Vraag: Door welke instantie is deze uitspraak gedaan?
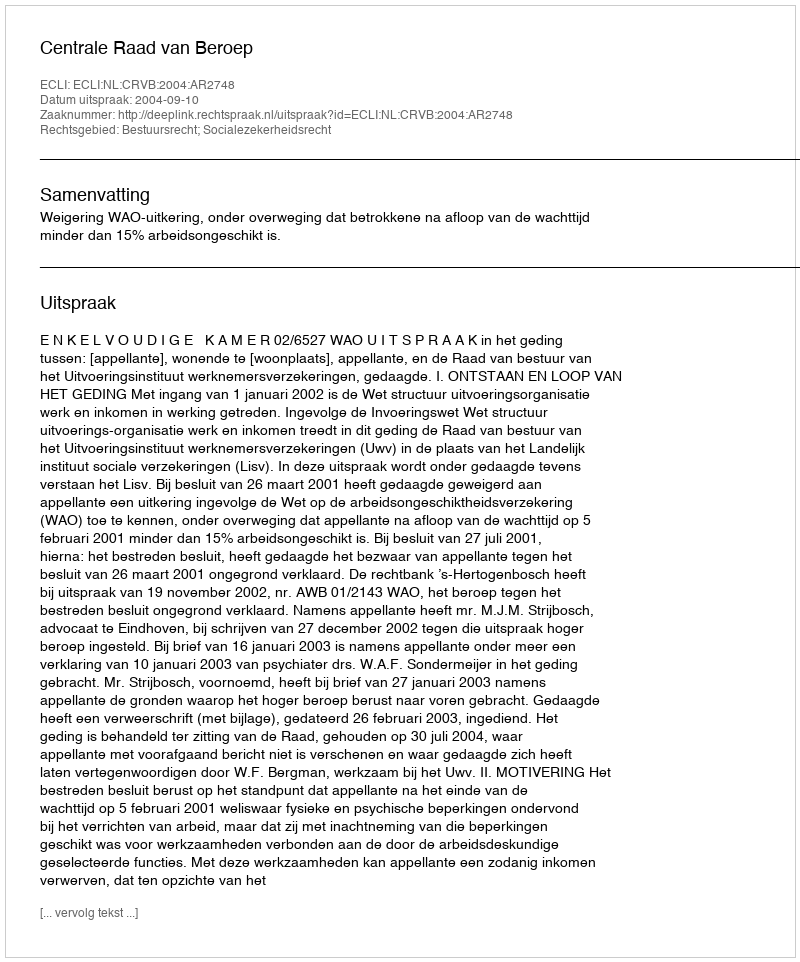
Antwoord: Centrale Raad van Beroep